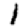
Digit: 1